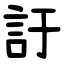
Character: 訏